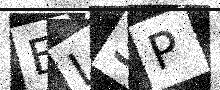
Text: EL3P